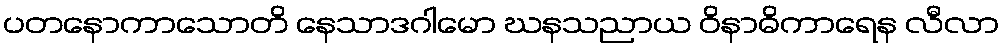
ပတနောကာသောတိ နေသာဒဂါမော ဃနသညာယ ဝိနာဓိကာရေန လီလာ